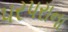
પરપરાના